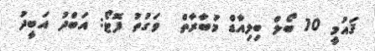
ޤައުމީ 10 ބޯލް ބިލިއާޑް މުބާރާތް  ވަގުތު ފޮޓޯ: އަބްދު އަބީދު